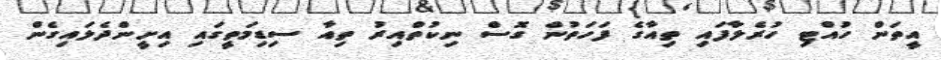
އީތަން ހުއްޓި ހުރެލާފައި ތިއާގެ ފަހަތުން ގޮސް ނިކުތްއިރު ތިއާ ސިޑިމަތީގައި އިށީންދެލައިގެން